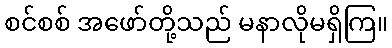
စင်စစ် အဖော်တို့သည် မနာလိုမရှိကြ။